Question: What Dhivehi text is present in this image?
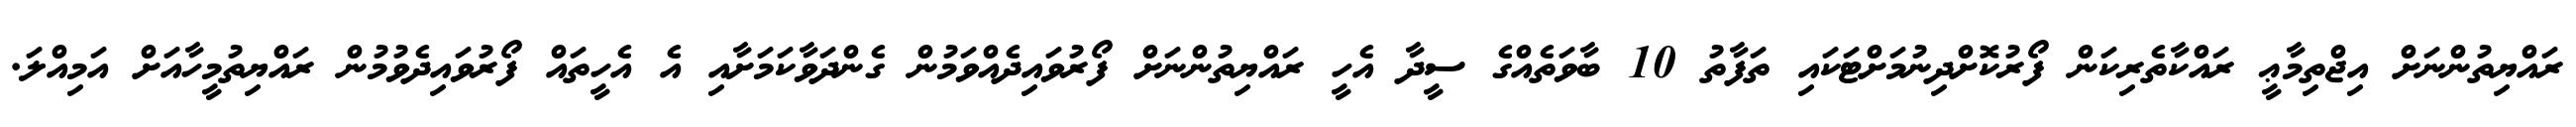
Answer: ރައްޔިތުންނަށް އިޖްތިމާޢީ ރައްކާތެރިކަން ފޯރުކޮށްދިނުމަށްޓަކައި ތަފާތު 10 ބާވަތެއްގެ ސީދާ އެހީ ރައްޔިތުންނަށް ފޯރުވައިދެއްވަމުން ގެންދަވާކަމަށާއި އެ އެހީތައް ފޯރުވައިދެވުމުން ރައްޔިތުމީހާއަށް އަމިއްލަ.